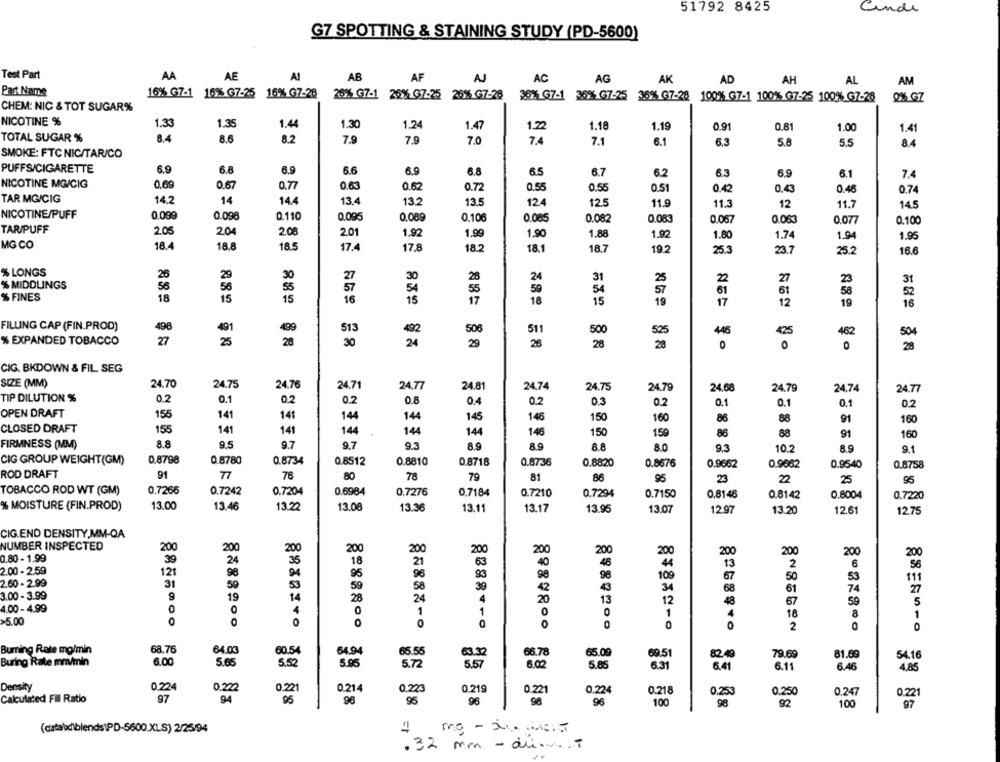
51792 8425
Cinde
G7 SPOTTING & STAINING STUDY (PD-5600)
Test Part
AA
AE
AI
AB
AF
A
AC
AG
AK
AD
AH
AL
AM
Part Name
16% G7-1 16% G7-25 16% G7-28 20% G7-1 26% G7-25 26% G7-28 36% G7-1 36% G7-25 36% G7-28 100% G7-1 100% G7-25 100% G7-28 0% GZ
CHEM: NIC & TOT SUGAR%
NICOTINE %
1.33
1.35
1.44
1.30
1.24
1.47
1.22
1.18
1.19
0.91
0.81
1.00
1.41
TOTAL SUGAR %
8.4
8.6
8.2
7.9
7.9
7.0
7.4
7.1
6.1
6.3
5.8
5.5
8.4
SMOKE: FTC NIC/TAR/CO
PUFFS/CIGARETTE
6.9
6.8
6.9
6.6
6.9
6.8
6.5
6.7
6.2
6.3
6.9
6.1
7.4
NICOTINE MG/CIG
0.69
0.67
0.77
0.63
0.62
0.72
0.55
0,55
0.51
0.42
0.43
0.46
0.74
TAR MG/CIG
14
14.2
14.4
13.4
13.2
13.5
124
12.5
11.9
11.3
12
11.7
14.5
NICOTINE/PUFF
0.099
0.098
0.110
0.095
0.089
0.106
0.085
0.082
0.083
0.057
0.063
0.077
0.100
TAR/PUFF
2.05
2.04
2.08
201
1.92
1.99
1.90
1.88
1.92
1.80
1.74
1.94
1.95
MG CO
18.4
18.8
18.5
17.4
17.8
18.2
18.1
18.7
19.2
25.3
23.7
25.2
16.6
% LONGS
26
29
30
27
30
28
24
31
2
27
23
31
% MIDDLINGS
56
56
55
57
54
55
50
% FINES
18
15
15
54
57
61
61
58
52
16
17
18
15
19
17
12
19
16
FILLING CAP (FIN.PROD)
498
491
499
513
492
506
511
500
525
446
425
462
504
% EXPANDED TOBACCO
27
25
28
30
24
29
28
28
20
0
0
CIG. BKDOWN & FIL SEG
SIZE (MM)
24.70
24.75
24.76
24.71
24.77
24.81
24.74
24.75
24.79
24,68
24.79
24.74
24.77
TIP DILUTION %
0.2
0.1
0.2
0.2
0.8
0.4
0.2
0.3
0.2
0.1
0.1
0.1
0.2
OPEN DRAFT
155
141
141
144
144
145
146
150
160
86
88
91
160
CLOSED DRAFT
155
141
141
144
144
144
146
150
150
86
88
91
160
FIRMNESS (MM)
8.8
9.5
9.7
9.7
9.3
8.9
8.9
8.8
8.0
9.3
10.2
8.9
9.1
CIG GROUP WEIGHT(GM)
0.8798
0.8780
0.8734
0.8512
0.8810
0.8718
0.8736
0.8820
0.8676
0.9662
0.9662
0.9540
0.8758
ROD DRAFT
91
77
78
80
79
81
86
95
23
22
25
95
TOBACCO ROD WT (GM)
0.7266
0.7242
0.7204
0.6984
0.7276
0.7184
0.7210
0.7294
0.7150
0.8148
0.8142
0.8004
0,7220
% MOISTURE (FIN.PROD)
13.00
13.46
13.22
13.08
13.36
13.11
13.17
13.95
13.07
12.97
13.20
12.61
12.75
CIG.END DENSITY,MM-QA
NUMBER INSPECTED
200
200
200
200
200
200
200
200
200
200
200
200
200
0.80 - 1.99
39
24
35
18
21
63
40
48
44
6
2.00 - 2.59
121
98
13
2
56
95
96
98
98
109
67
50
53
111
2.60 - 2.99
31
59
53
58
39
43
34
3.00 - 3.99
59
42
61
74
27
9
19
14
28
24
4
20
13
12
48
67
59
5
4.00 - 4.99
0
0
4
0
1
1
0
1
18
8
1
>5.00
0
0
0
0
2
Buming Rate mo/min
68.76
64.03
60.54
64.94
65.55
63.32
66.78
65.09
69.51
82.49
79.69
81.69
54.16
Buring Rate mm/min
6.00
5.52
5.95
5.72
5.57
5.85
6.02
6.3
6.41
6.11
6.46
4.85
Density
0.224
0.221
0.222
0.214
0.223
0.219
0.221
0.224
0.218
0.253
0.250
0.247
Calculated Fil Ratio
97
94
95
96
95
96
98
100
0.22
96
98
92
100
97
(data\\blends\PD-5600.XLS) 2/25/94
.32 mm- de ......